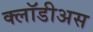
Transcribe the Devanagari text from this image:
क्लॉडीअस